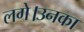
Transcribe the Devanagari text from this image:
लगे।उनका